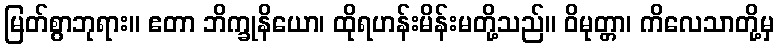
မြတ်စွာဘုရား။ ဧတာ ဘိက္ခုနိယော၊ ထိုရဟန်းမိန်းမတို့သည်။ ဝိမုတ္တာ၊ ကိလေသာတို့မှ